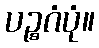
ပဉ္စဂံပုံ။